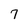
Character: 7